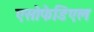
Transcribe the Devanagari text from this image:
एसोफेडिएल